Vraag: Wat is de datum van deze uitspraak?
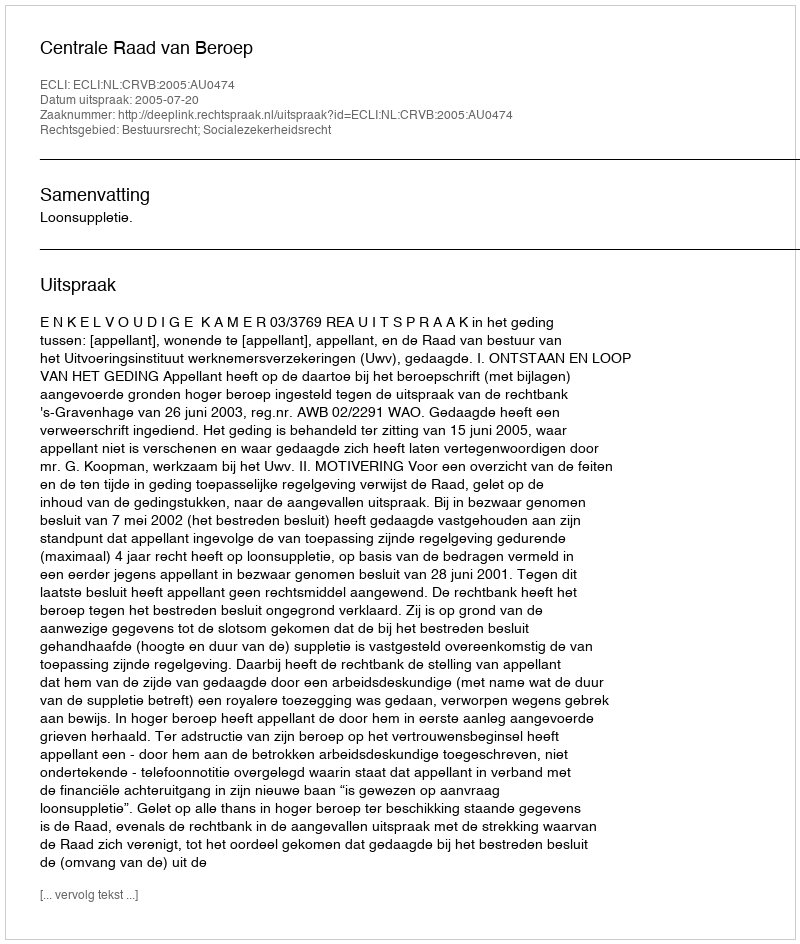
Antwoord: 2005-07-20